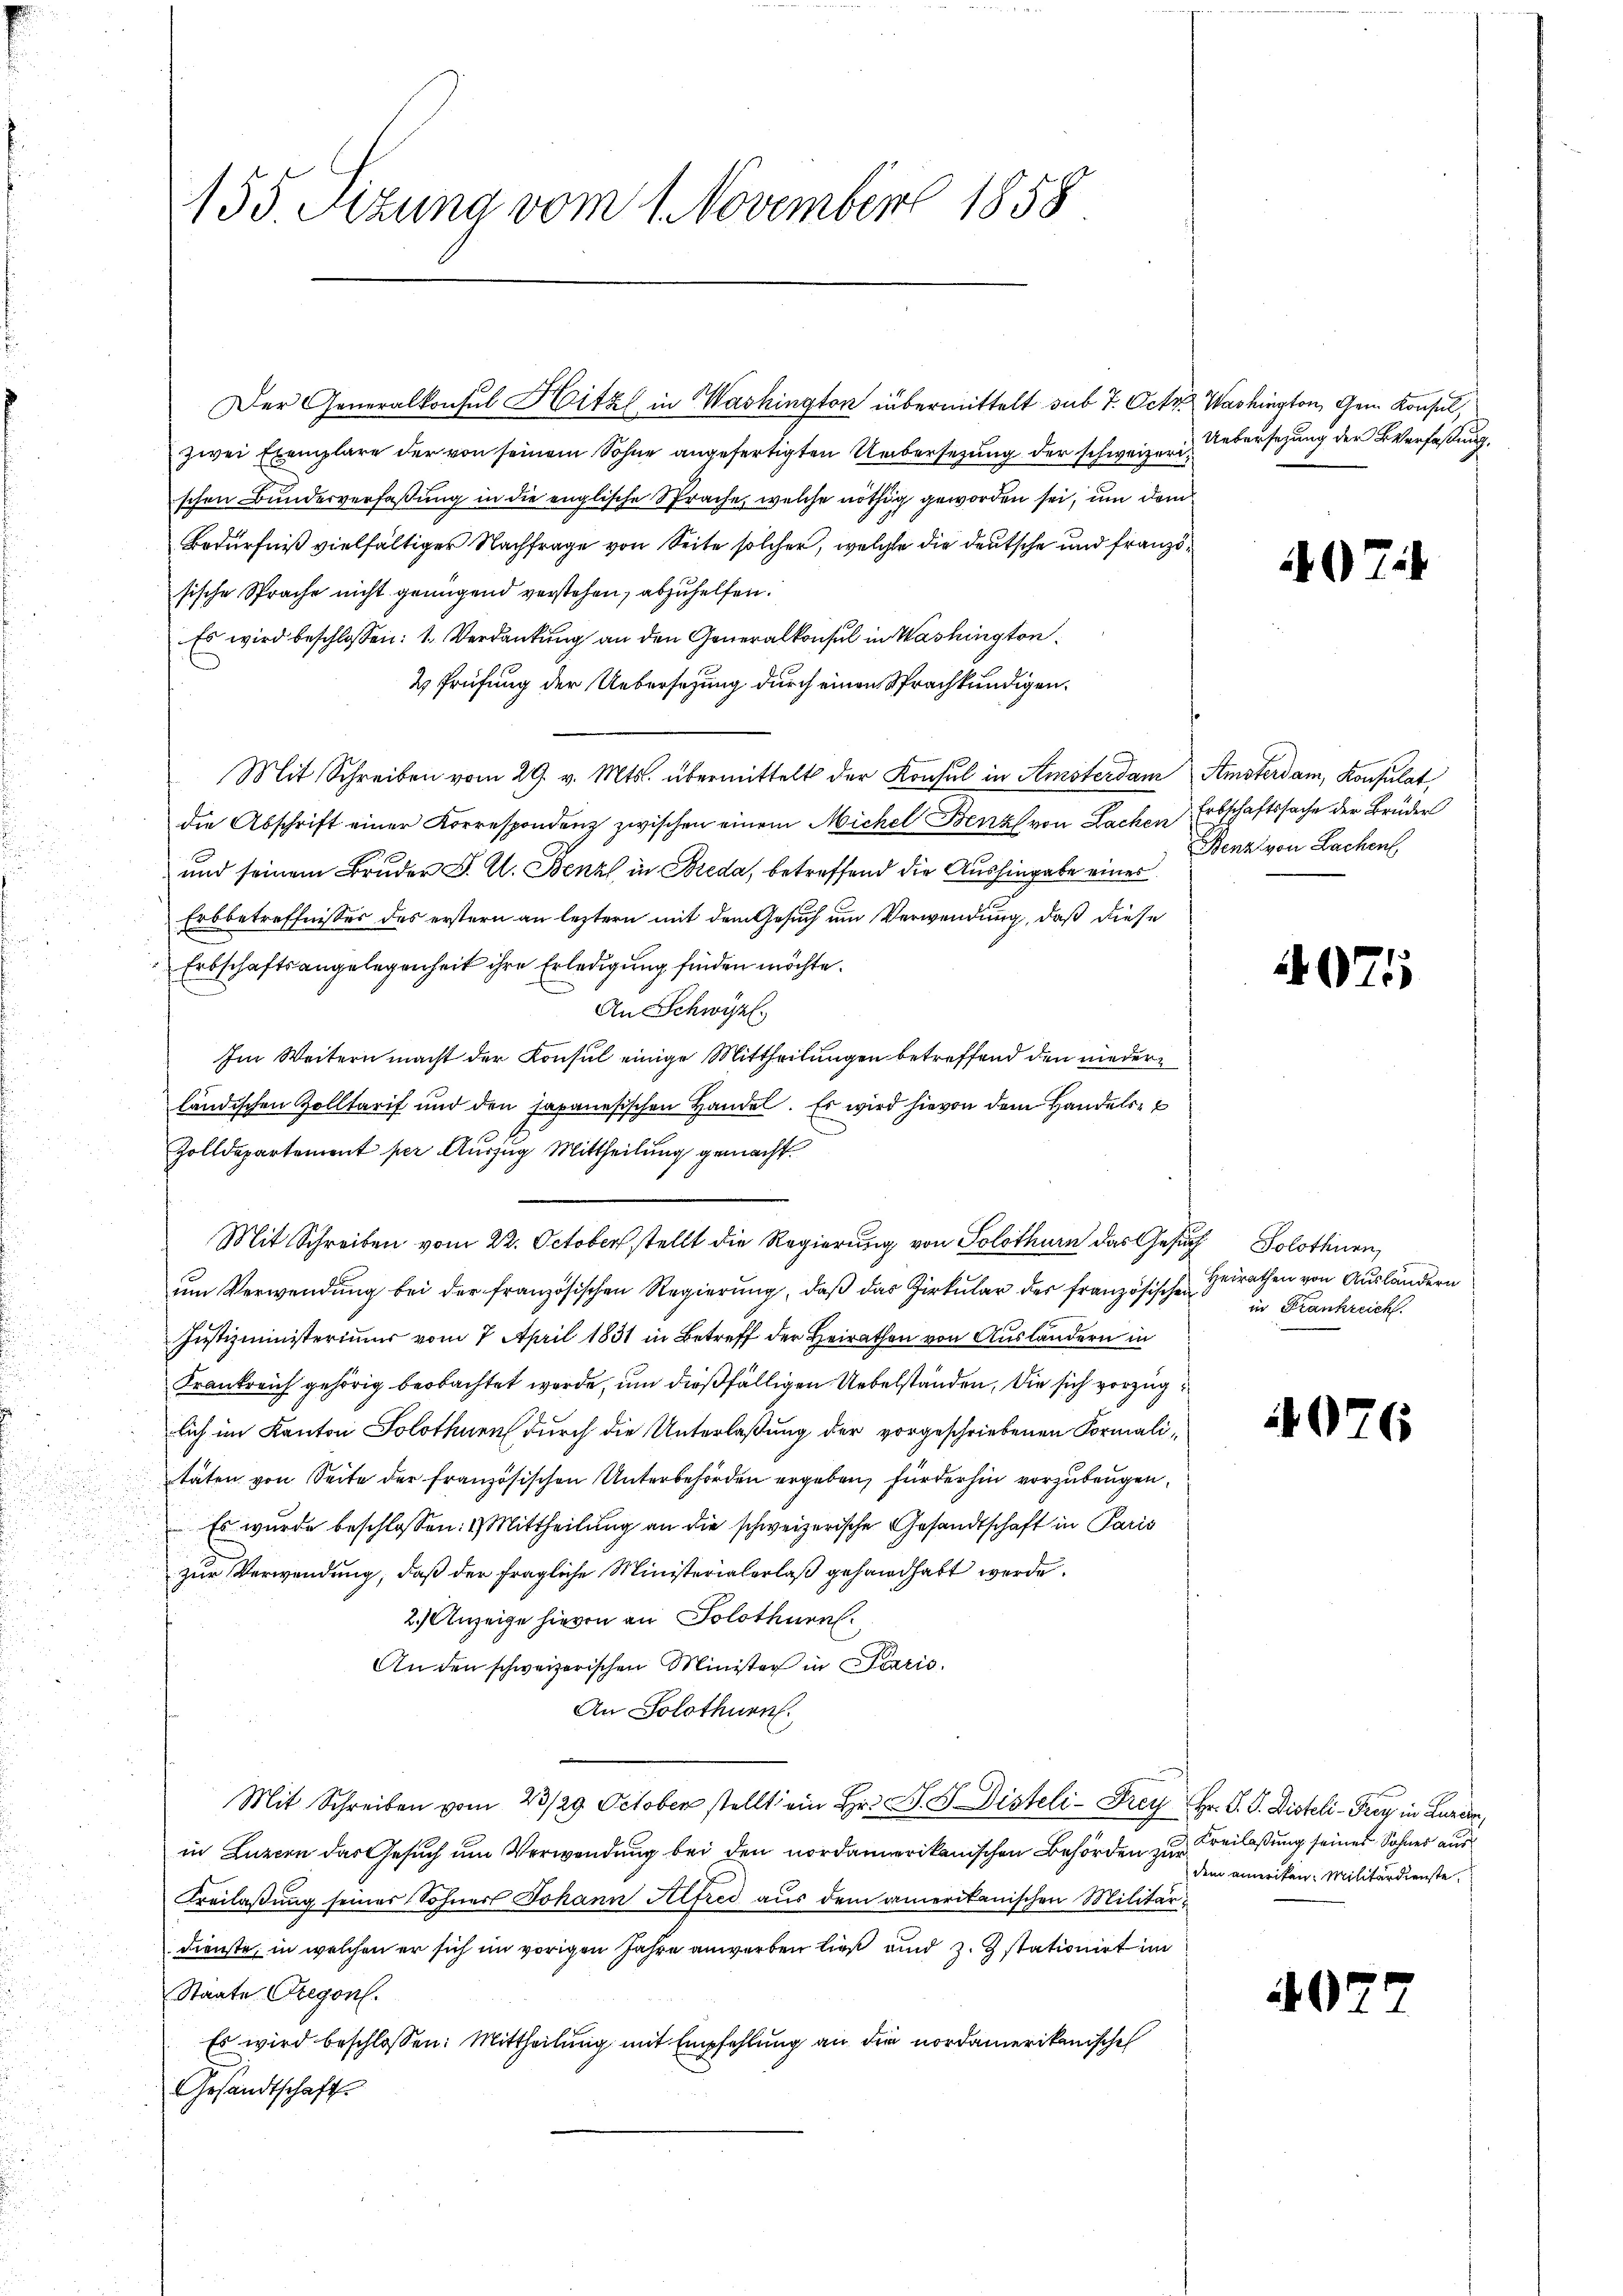
Der Generalkonsul Hitzl in Washington übermittelt sub 7. Oct. Washington, Gem Konsul,
zwei Exemplare der von seinem Sohne angefertigten Uebersezung der schweizerischen Bundesverfaßung in die englische Sprache, welche nöthig geworden sei, um dem
Bedürfniß vielfältiger Nachfrage von Seite solcher, welche die deutsche und französische Sprache nicht genügend verstehen, abzuhelfen.
Es wird beschlossen: 1. Verdankung an den Generalkonsul in Washington
2 Prüfung der Uebersetzung durch einen Sprachkundigen.
Mit Schreiben vom 29. v. Mts. übermittelt der Konsul in Amsterdam Amsterdam, Konsulat,
die Abschrift einer Korrespondenz zwischen einem Michel Benz von Lachen
und seinem Bruder F. C. Benz in Breda, betreffend die Aushingabe eines
Erbbetreffnisses des erstern an leztern mit dem Gesuch um Verwendung, daß diese
Erbschaftsangelegenheit ihre Erledigung finden möchte.
An Schwyz.
Im Weitern macht der Konsul einige Mittheilungen betreffend den niederländischen Zolltarif und den Japanesischen Handel. Es wird hievon dem Handels-
Zolldepartement per Auszug Mittheilung gemacht.
Mit Schreiben vom 22. October stellt die Regierung von Solothurn das Gesuch Solothurn,
um Verwendung bei der französischen Regierung, daß das Zirkular der französischen Heirathen von Ausländern
Justizministerimus vom 7. April 1831 in Betreff der Heirathen von Auslandern in
Frankreich gehörig beobachtet werde, um dießfälligen Uebelstanden, die sich vorzug
lich im Kanton Solothurn durch die Unterlaßung der vorgeschriebenen Formalitäten von Seite der französischen Unterbehörden ergeben, für der hin vorzubeugen.
Es wurde beschlossen: 1) Mittheilung an die schweizerische Gesandtschaft in Paris
zur Verwendung, daß der fragliche Ministerialerlaß gehandhabt werde.
2.) Anzeige hievon an Solothurn.
An den schweizerischen Minister in Paris
An Solothurn
Mit Schreiben vom 23/29. October stellt ein Hr. P. V. Disteli-Drey Hr. P. P. Disteli - Frey, in Lueder,
in Luzern das Gesuch um Verwendung bei den nordamerikanischen Behörden zur
Kreilassung seiner Sohner Johann Alfred aus dem amerikanischen Militärdienste, in welchen er sich im vorigen Jahre anworben ließ und z. Zstationirt im
Staate Gregon
Es wird beschlossen: Mittheilung mit Empfehlung an die nordamerikanische
Gesandtschaft

155. Sizung vom 1. November 1858

Uebersezung der Verfaßung.

2

Erbschaftssache der Brüder
Benz von Lachen

.

)

)

25

in Frankreich.

6

Kreilaßung seines Sohnes aus
dem ameriken. Militärdienste,